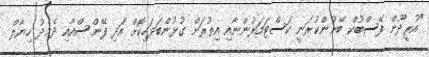
"އުރީދޫން ފޭސްބުކް ބޭނުންކުރަނީ ކަސްޓަމަރުންނާއި އިތުރަށް ގުޅުންބަދަހިކޮށް އަދި ފޭންސްއާއި ދެމެދު ހިޔާލް